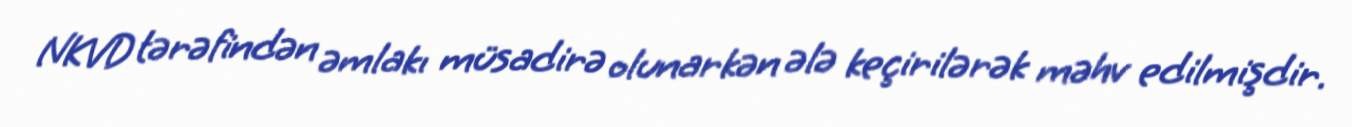
NKVD tərəfindən əmlakı müsadirə olunarkən ələ keçirilərək məhv edilmişdir.